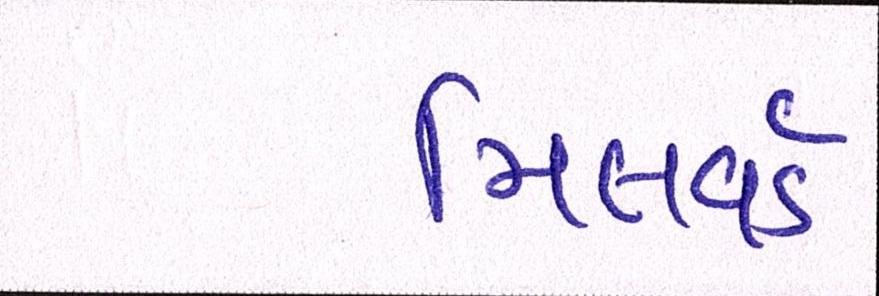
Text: મિલવર્ડ